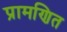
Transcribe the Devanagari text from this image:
प्रामणित